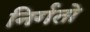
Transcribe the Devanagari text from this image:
निर्गतो